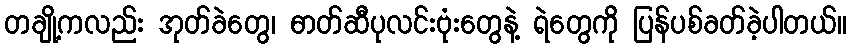
တချို့ကလည်း အုတ်ခဲတွေ၊ ဓာတ်ဆီပုလင်းဗုံးတွေနဲ့ ရဲတွေကို ပြန်ပစ်ခတ်ခဲ့ပါတယ်။